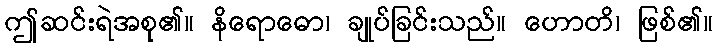
ဤဆင်းရဲအစု၏။ နိရောဓော၊ ချုပ်ခြင်းသည်။ ဟောတိ၊ ဖြစ်၏။